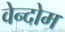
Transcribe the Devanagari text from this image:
वेन्दोम